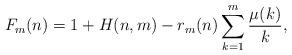
LaTeX: \begin{align*}F_m (n) = 1 + H(n,m) - r_m(n) \sum_{k=1}^m \frac{\mu(k)}{k},\end{align*}